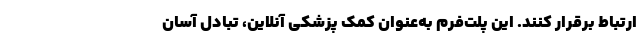
ارتباط برقرار کنند. این پلت‌فرم به‌عنوان کمک پزشکی آنلاین، تبادل آسان